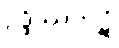
ဥဒ္ဒိဿကဋံ